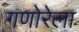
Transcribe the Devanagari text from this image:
गणोरेला